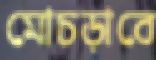
মোচড়াবে